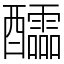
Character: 醽